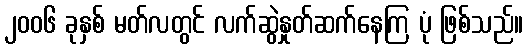
၂၀၀၆ ခုနှစ် မတ်လတွင် လက်ဆွဲနှုတ်ဆက်နေကြ ပုံ ဖြစ်သည်။